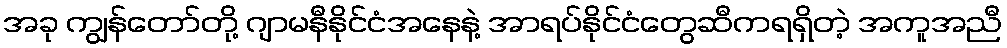
အခု ကျွန်တော်တို့ ဂျာမနီနိုင်ငံအနေနဲ့ အာရပ်နိုင်ငံတွေဆီကရရှိတဲ့ အကူအညီ